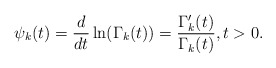
\begin{align*}\psi_k(t)=\frac{d}{dt}\ln(\Gamma_k(t))=\frac{\Gamma_k'(t)}{\Gamma_k(t)},t>0.\end{align*}